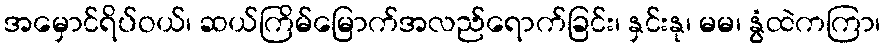
အမှောင်ရိပ်ဝယ်၊ ဆယ်ကြိမ်မြောက်အလည်ရောက်ခြင်း၊ နှင်းနု၊ မမ၊ နွံထဲကကြာ၊